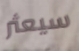
سيعثر